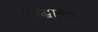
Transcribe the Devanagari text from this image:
सिद्धान्तांशी